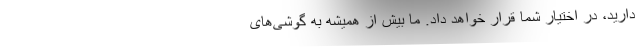
دارید، در اختیار شما قرار خواهد داد. ما بیش از همیشه به گوشی‌های